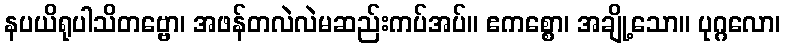
နပယိရုပါသိတဗ္ဗော၊ အဖန်တလဲလဲမဆည်းကပ်အပ်။ ဧကစ္စော၊ အချို့သော။ ပုဂ္ဂလော၊